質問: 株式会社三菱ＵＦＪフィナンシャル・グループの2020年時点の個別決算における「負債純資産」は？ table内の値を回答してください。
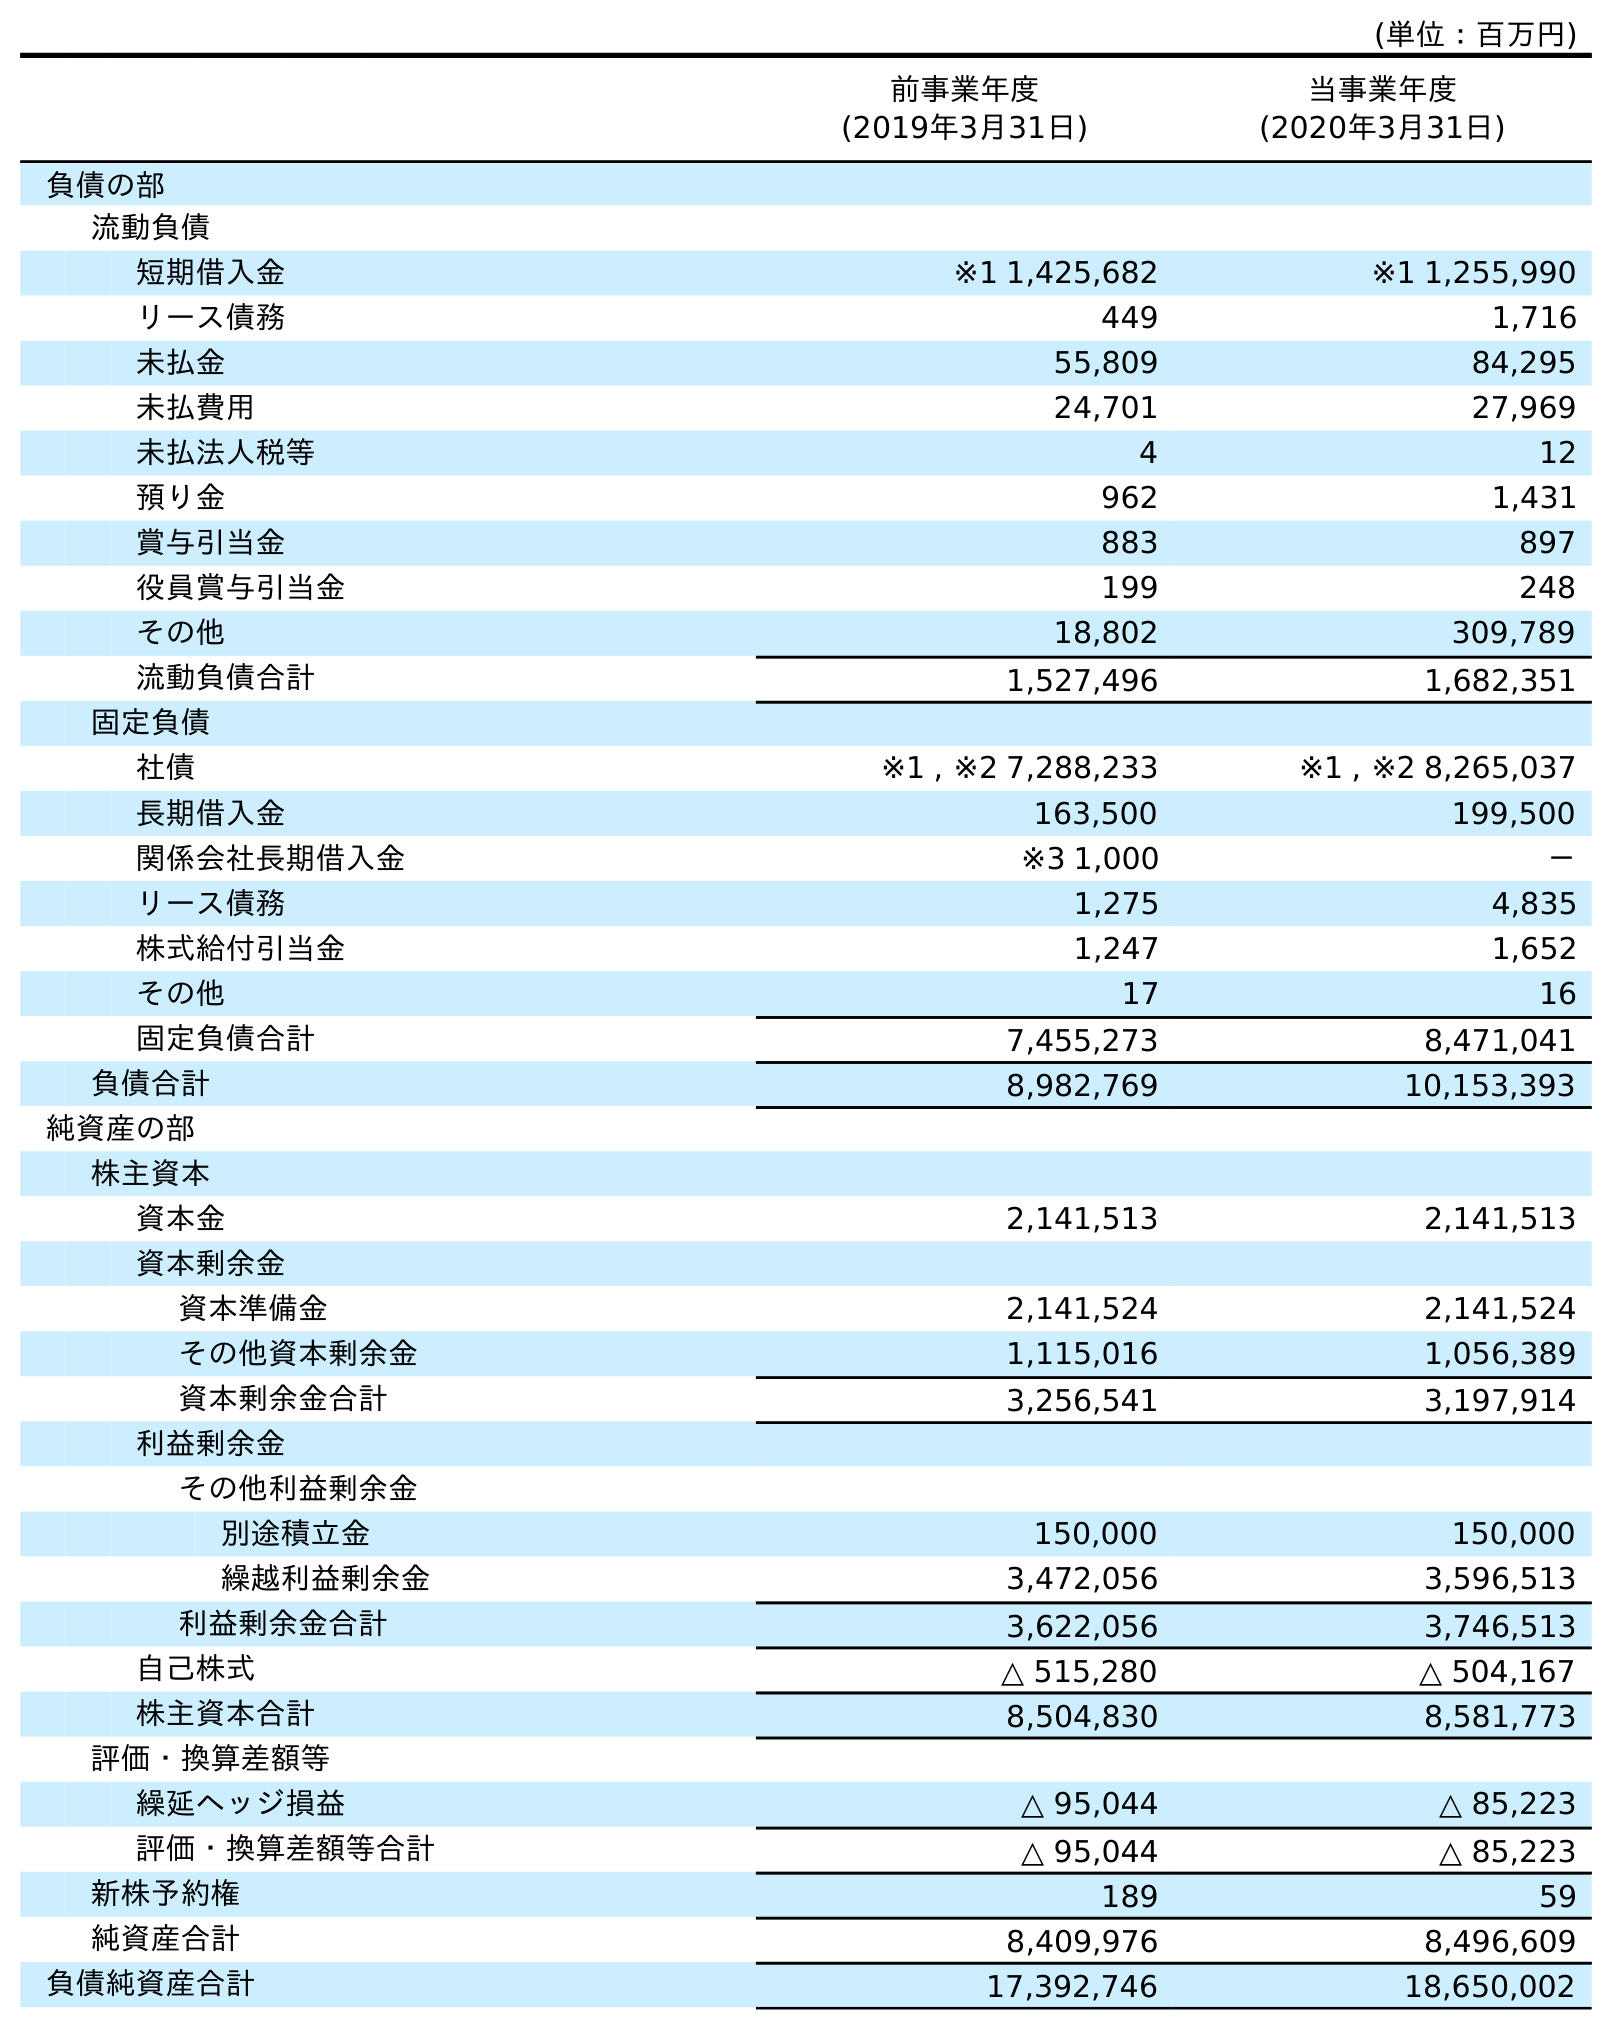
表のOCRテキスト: (単位：百万円) 前事業年度 (2019年3月31日) 当事業年度 (2020年3月31日) 負債の部 流動負債 短期借入金 ※1 1,425,682 ※1 1,255,990 リース債務 449 1,716 未払金 55,809 84,295 未払費用 24,701 27,969 未払法人税等 4 12 預り金 962 1,431 賞与引当金 883 897 役員賞与引当金 199 248 その他 18,802 309,789 流動負債合計 1,527,496 1,682,351 固定負債 社債 ※1 , ※2 7,288,233 ※1 , ※2 8,265,037 長期借入金 163,500 199,500 関係会社長期借入金 ※3 1,000 － リース債務 1,275 4,835 株式給付引当金 1,247 1,652 その他 17 16 固定負債合計 7,455,273 8,471,041 負債合計 8,982,769 10,153,393 純資産の部 株主資本 資本金 2,141,513 2,141,513 資本剰余金 資本準備金 2,141,524 2,141,524 その他資本剰余金 1,115,016 1,056,389 資本剰余金合計 3,256,541 3,197,914 利益剰余金 その他利益剰余金 別途積立金 150,000 150,000 繰越利益剰余金 3,472,056 3,596,513 利益剰余金合計 3,622,056 3,746,513 自己株式 △ 515,280 △ 504,167 株主資本合計 8,504,830 8,581,773 評価・換算差額等 繰延ヘッジ損益 △ 95,044 △ 85,223 評価・換算差額等合計 △ 95,044 △ 85,223 新株予約権 189 59 純資産合計 8,409,976 8,496,609 負債純資産合計 17,392,746 18,650,002
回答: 18,650,002